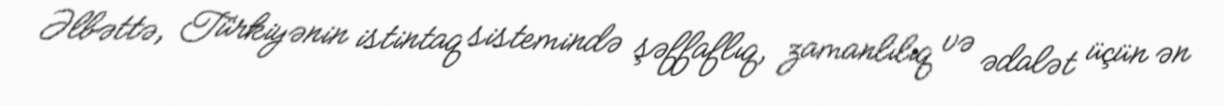
Əlbəttə, Türkiyənin istintaq sistemində şəffaflıq, zamanlılıq və ədalət üçün ən